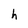
Character: h